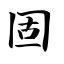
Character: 固